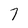
Character: 7